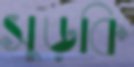
সুড়কি